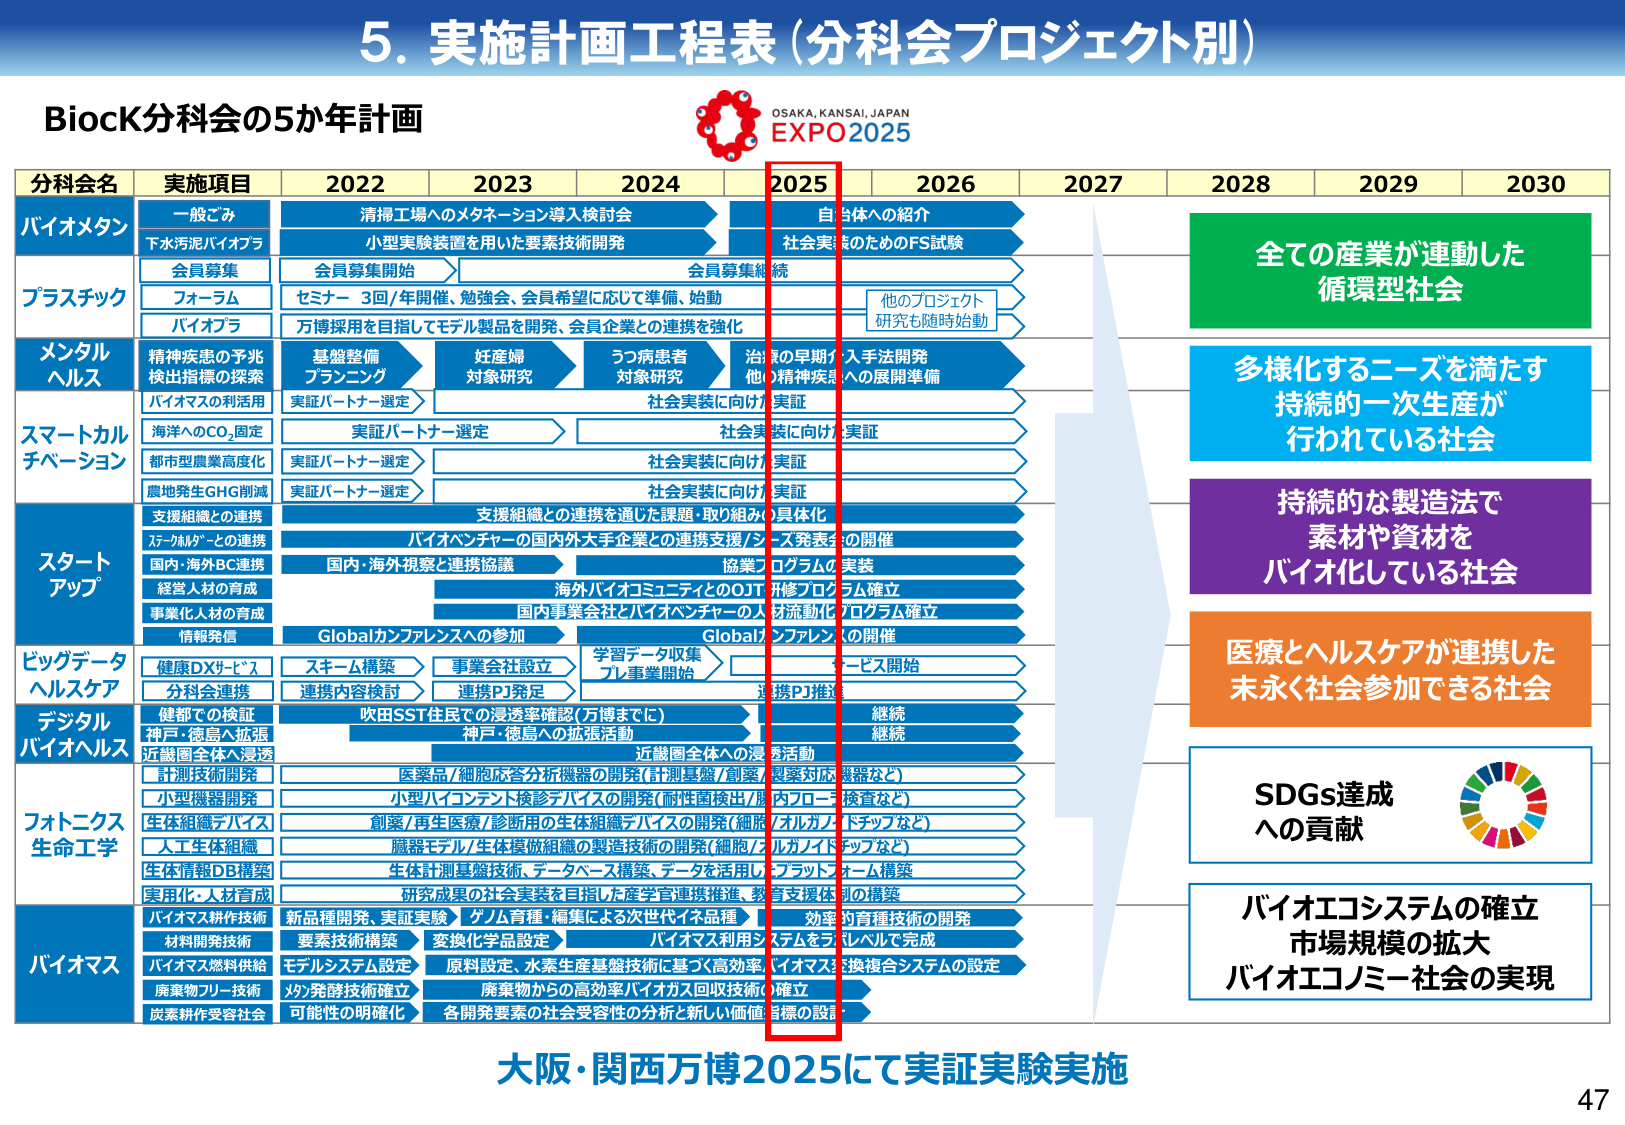
5. 実施計画工程表（分科会プロジェクト別）

BiocK分科会の5か年計画

OSAKA, KANSAI, JAPAN
EXPO 2025

分科会名　実施項目　2022　2023　2024　2025　2026　2027　2028　2029　2030

バイオメタン
　一般ごみ
　下水汚泥バイオプラ
　　清掃工場へのメタネーション導入検討会
　　小実験装置を用いた要素技術開発
　　自社体への紹介
　　社会実装のためのFS試験

プラスチック
　会員募集
　フォーラム
　バイオプラ
　　会員募集開始
　　セミナー 3回/年開催、勉強会、会員希望に応じて準備、始動
　　万博採用を目指してモデル製品を開発、会員企業との連携を強化
　　会員募集継続
　　他のプロジェクト研究も随時始動

メンタルヘルス
　精神疾患の予兆検出指標の探索
　バイオマスの活用
　　基盤整備プランニング
　　妊娠婦対象研究
　　うつ病患者対象研究
　　治療の早期介入手法開発
　　他の精神疾患への展開準備
　　実証パートナー選定
　　社会実装に向けた実証

スマートカルチベーション
　海洋へのCO₂固定
　都市型農業高度化
　農地発生GHG削減
　　実証パートナー選定
　　社会実装に向けた実証
　　社会実装に向けた実証
　　社会実装に向けた実証

スタートアップ
　支援組織との連携
　スタートアップとの連携
　国内・海外BC連携
　経営人材の育成
　事業化人材の育成
　情報発信
　　支援組織との連携を通じた課題・取り組みの具体化
　　バイオベンチャーの国内外大手企業との連携支援/シーズ発表会の開催
　　国内・海外視察と連携協議
　　協業プログラムの実装
　　海外バイオコミュニティとのOJT研修プログラム確立
　　国内事業会社とバイオベンチャーの人材流動化プログラム確立
　　Globalカンファレンスへの参加
　　Globalカンファレンスの開催

ビッグデータヘルスケア
　健康DXサービス
　分科会連携
　　スキーム構築
　　事業会社設立
　　学習データ収集
　　プレ事業開始
　　サービス開始
　　連携内容検討
　　連携PJ発足
　　連携PJ推進

デジタルバイオヘルス
　健都での検証
　神戸・徳島へ拡張
　近畿圏全体へ浸透
　　吹田SST住民での浸透率確認（万博までに）
　　神戸・徳島への拡張活動
　　近畿圏全体への浸透活動
　　継続
　　継続

フォトニクス生命工学
　計測技術開発
　小型機器開発
　生体組織デバイス
　人工生体組織
　生体情報DB構築
　実用化・人材育成
　　医薬品/細胞応答分析機器の開発（計測基盤/創薬/製薬対応機器など）
　　小型バイオテント検診デバイスの開発（耐性菌検出/腸内フローラ検査など）
　　創薬/再生医療/診断用の生体組織デバイスの開発（細胞/オルガノイドチップなど）
　　臓器モデル/生体模倣組織の製造技術の開発（細胞/オルガノイドチップなど）
　　生体計測基盤技術、データベース構築、データを活用したプラットフォーム構築
　　研究成果の社会実装を目指した産学官連携推進、教育支援体制の構築

バイオマス
　バイオマス耕作技術
　材料開発技術
　バイオマス燃料供給
　廃棄物フリーリ技術
　炭素耕作受容社会
　　新品种開発、実証実験
　　ゲノム育種・編集による次世代イネ品種
　　効率的育種技術の開発
　　要素技術構築
　　変換化学品設定
　　バイオマス利用システムをフルレベルで完成
　　モデルシステム設定
　　原料設定、水素生産基盤技術を基づく高効率バイオマス変換複合システムの設定
　　メタン発酵技術確立
　　廃棄物からの高効率バイオガス回収技術の確立
　　可能性の明確化
　　各開発要素の社会受容性の分析と新しい価値指標の設定

全ての産業が連動した循環型社会

多様化するニーズを満たす持続的・一次生産が行われている社会

持続的な製造法で素材や資材をバイオ化している社会

医療とヘルスケアが連携した末永く社会参加できる社会

SDGs達成への貢献

バイオエコシステムの確立
市場規模の拡大
バイオエコノミー社会の実現

大阪・関西万博2025にて実証実験実施

47